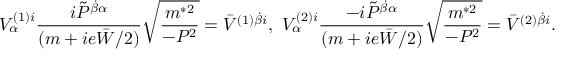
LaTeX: { \displaystyle V _ { \alpha } ^ { ( 1 ) i } \frac { i \tilde { \cal P } ^ { \dot { \beta } \alpha } } { ( m + i e \bar { W } / 2 ) } \sqrt { \frac { m ^ { * 2 } } { - { \cal P } ^ { 2 } } } = \bar { V } ^ { ( 1 ) \dot { \beta } i } \mathrm { , ~ } V _ { \alpha } ^ { ( 2 ) i } \frac { - i \tilde { \cal P } ^ { \dot { \beta } \alpha } } { ( m + i e \bar { W } / 2 ) } \sqrt { \frac { m ^ { * 2 } } { - { \cal P } ^ { 2 } } } = \bar { V } ^ { ( 2 ) \dot { \beta } i } } .